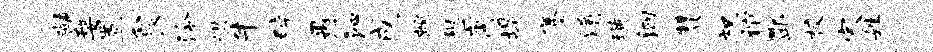
黼婺置食泠烘牛碎愚沁成蜿憩商堤麈淆璜洄赞祝谊酆校家姓